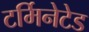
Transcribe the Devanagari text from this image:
टर्मिनेटेड